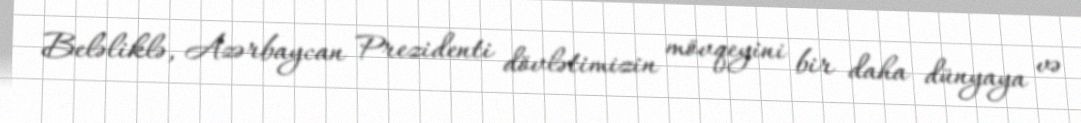
Beləliklə, Azərbaycan Prezidenti dövlətimizin mövqeyini bir daha dünyaya və